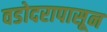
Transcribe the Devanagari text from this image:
वडोदरापासून